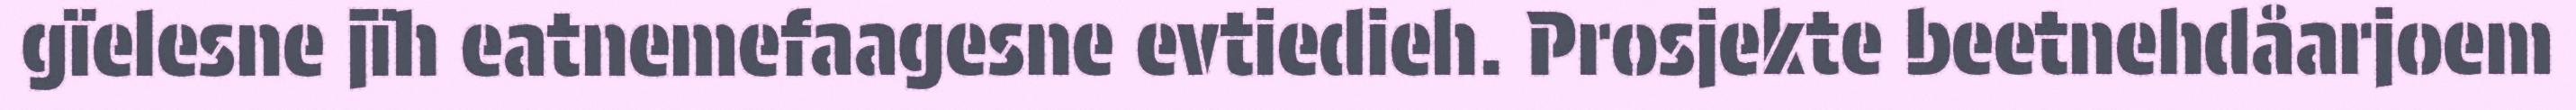
gïelesne jïh eatnemefaagesne evtiedieh. Prosjekte beetnehdåarjoem